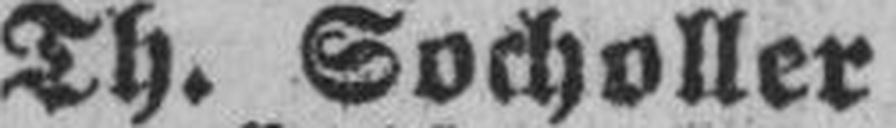
Th. Socholler